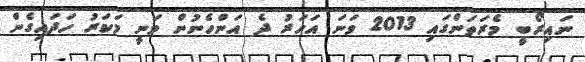
ނައިރޯބީ މެރަތަންގައި 2013 ވަނަ އަހަރު ދެ އަންހެނުން ވަނީ މަކަރު ހަދައިގެން